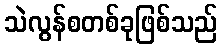
သဲလွန်စတစ်ခုဖြစ်သည်